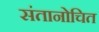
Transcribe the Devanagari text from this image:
संतानोचित